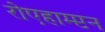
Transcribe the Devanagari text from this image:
रोएहाम्प्टन